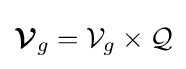
{\boldsymbol {\mathcal {V}}}_{g}={\mathcal {V}}_{g}\times {\mathcal {Q}}